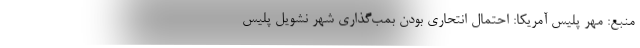
منبع: مهر پلیس آمریکا: احتمال انتحاری بودن بمب‌گذاری شهر نشویل پلیس